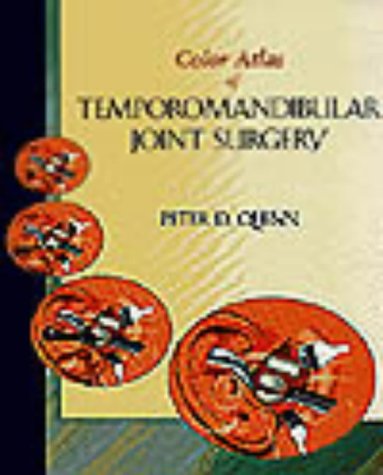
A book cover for Color Atlas Of Temporomandibular Joint Surgery, 1e; Peter D. Quinn DMD  MD; Medical Books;